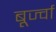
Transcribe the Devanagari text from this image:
बूर्ज्वा